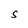
Character: S